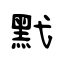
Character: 黓